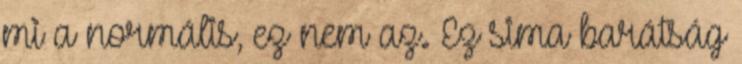
mi a normális, ez nem az. Ez sima barátság